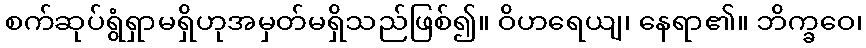
စက်ဆုပ်ရွံရှာမရှိဟုအမှတ်မရှိသည်ဖြစ်၍။ ဝိဟရေယျ၊ နေရာ၏။ ဘိက္ခဝေ၊